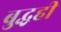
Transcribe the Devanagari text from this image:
बुद्धही